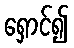
ရှောင်၍